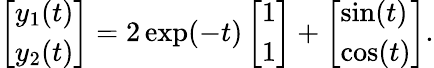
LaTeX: \left[\begin{array}{l}{y_{1}(t)}\\ {y_{2}(t)}\end{array}\right]=2\exp(-t)\left[\begin{array}{l}{1}\\ {1}\end{array}\right]+\left[\begin{array}{l}{\sin(t)}\\ {\cos(t)}\end{array}\right].